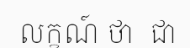
លក្ខណ៍ ថា  ជា